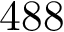
4 8 8